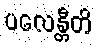
ပလေန္တီတိ